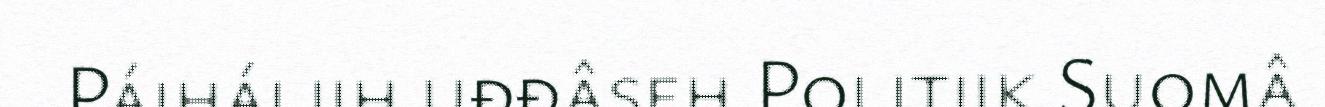
Páiháliih uđđâseh Politiik Suomâ